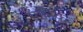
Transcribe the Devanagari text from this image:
सॉनिक